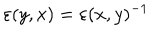
\varepsilon ( y , x ) = \varepsilon ( x , y ) ^ { - 1 }